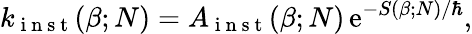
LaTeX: k_{\mathrm{~i~n~s~t~}}(\beta;N)=A_{\mathrm{~i~n~s~t~}}(\beta;N)\, \mathrm{e}^{-S(\beta;N)/\mathrm{\hbar}},